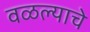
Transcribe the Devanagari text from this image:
वळल्याचे